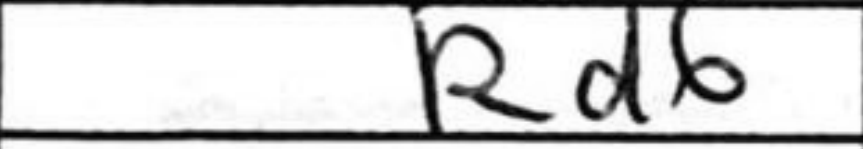
Transcription: Rd6